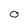
Character: 0